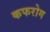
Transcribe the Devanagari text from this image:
कफरोग